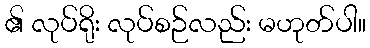
၏ လုပ်ရိုး လုပ်စဉ်လည်း မဟုတ်ပါ။